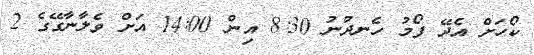
ކޯހަށް އެދޭ ފޯމު ހެނދުނު 8:30 އިން 14:00 އަށް ވެލާނާގޭގެ 2